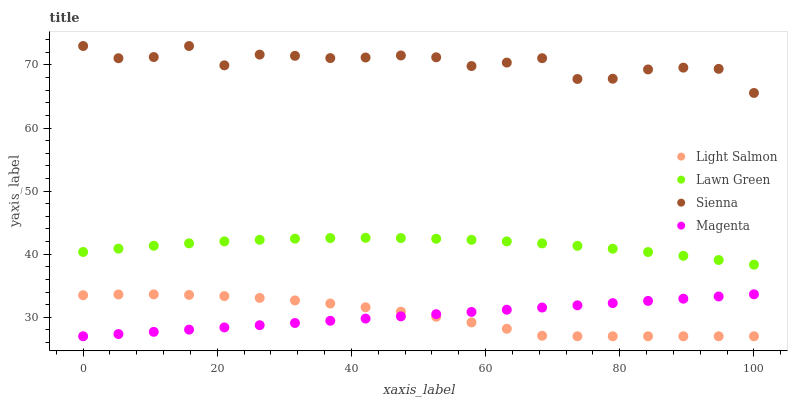
| xaxis_label | Light Salmon | Lawn Green | Sienna | Magenta |
 | --- | --- | --- | --- | --- |
 | 0 | 33.5 | 40.4 | 73 | 27 |
 | 5.26 | 33.6 | 40.9 | 71.1 | 27.4 |
 | 10.5 | 33.6 | 41.3 | 71.3 | 27.7 |
 | 15.8 | 33.6 | 41.7 | 73 | 28.1 |
 | 21.1 | 33.4 | 42 | 69.9 | 28.4 |
 | 26.3 | 33.1 | 42.3 | 71.6 | 28.8 |
 | 31.6 | 32.7 | 42.5 | 71.4 | 29.1 |
 | 36.8 | 32.2 | 42.6 | 71.1 | 29.5 |
 | 42.1 | 31.6 | 42.6 | 71.2 | 29.8 |
 | 47.4 | 30.9 | 42.6 | 71.5 | 30.2 |
 | 52.6 | 30.1 | 42.5 | 71.2 | 30.5 |
 | 57.9 | 29.2 | 42.3 | 69.8 | 30.9 |
 | 63.2 | 28.2 | 42 | 70.4 | 31.2 |
 | 68.4 | 27.1 | 41.7 | 71.1 | 31.6 |
 | 73.7 | 27 | 41.3 | 67.8 | 31.9 |
 | 78.9 | 27 | 40.9 | 67.8 | 32.3 |
 | 84.2 | 27 | 40.3 | 69.3 | 32.6 |
 | 89.5 | 27 | 39.7 | 69.6 | 33 |
 | 94.7 | 27 | 39.1 | 69.4 | 33.3 |
 | 100 | 27 | 38.3 | 65.6 | 33.7 |